Civil Veterinary Dept. Bombay admin report 1914-1922 - 1914-1922
Year: 1914
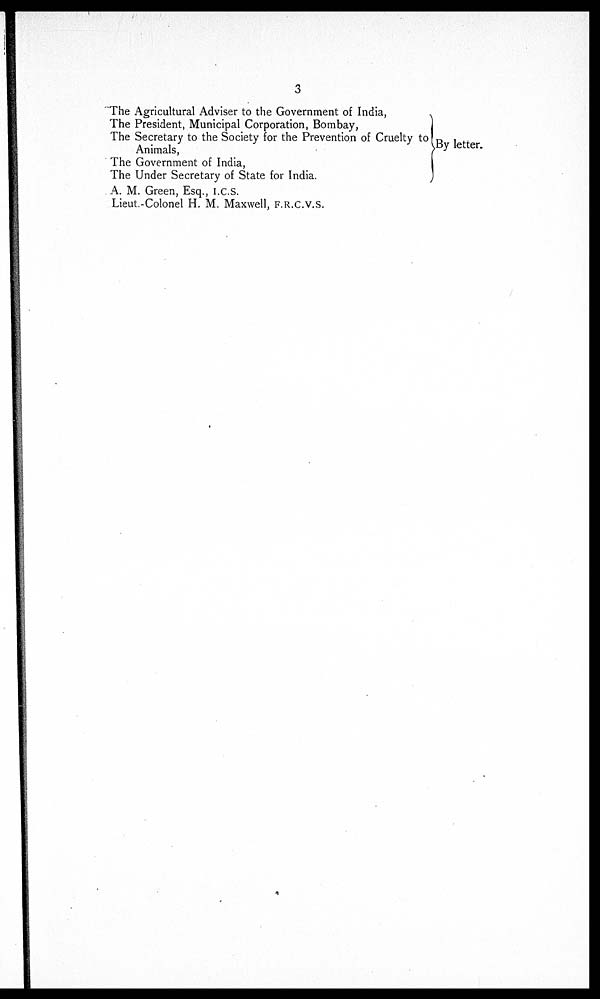
3
The Agricultural Adviser to the Government of India,
The President, Municipal Corporation, Bombay,
The Secretary to the Society for the Prevention of Cruelty to
Animals,
The Government of India,
The Under Secretary of State for India.
A. M. Green, Esq., I.C.S.
Lieut.-Colonel H. M. Maxwell, F.R.C.V.S.
By letter.